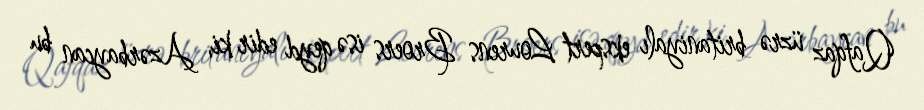
Qafqaz üzrə britaniyalı ekspert Lourens Broers isə qeyd edir ki, Azərbaycan bu